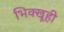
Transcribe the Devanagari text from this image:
भिक्खूही